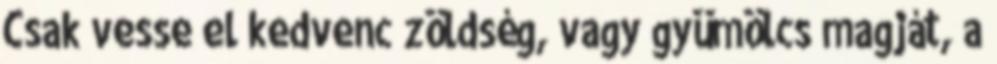
Csak vesse el kedvenc zöldség, vagy gyümölcs magját, a